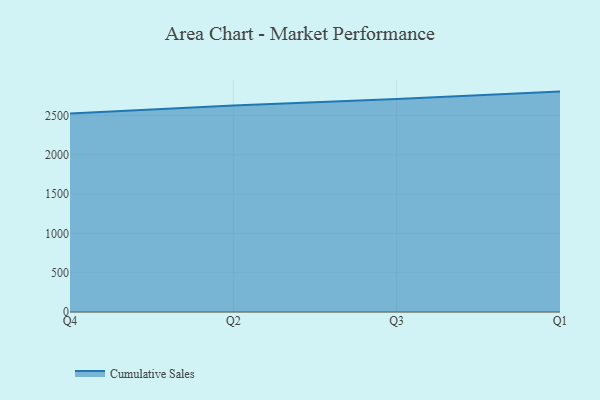
{"axis": {"x": "Quarter", "y": "Inventory Turnover"}, "legend": ["Cumulative Sales"], "data": [{"x": "Q4", "y": 2525.1, "type": "Cumulative Sales"}, {"x": "Q2", "y": 2625.2, "type": "Cumulative Sales"}, {"x": "Q3", "y": 2709.6, "type": "Cumulative Sales"}, {"x": "Q1", "y": 2803.1, "type": "Cumulative Sales"}]}